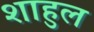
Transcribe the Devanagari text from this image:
शाहुल